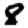
Digit: 8